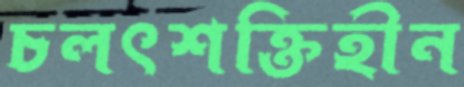
চলৎশক্তিহীন